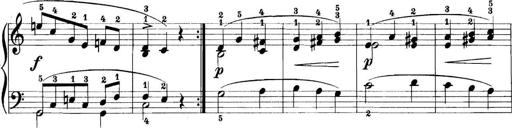
Title: 11 Sonatinas
Composer: Anton Diabelli